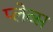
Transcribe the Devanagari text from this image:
प्लेब्स